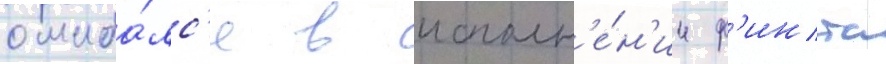
ошиба́лс'я в исполн'е́н'ии ф'инта